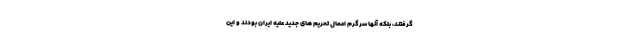
گرفتند، بلکه آنها سرگرم اعمال تحریم های جدید علیه ایران بودند و این